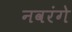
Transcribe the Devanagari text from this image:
नवरंगे